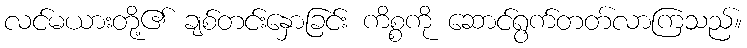
လင်မယားတို့၏ ချစ်တင်းနှောခြင်း ကိစ္စကို ဆောင်ရွက်တတ်လာကြသည်။